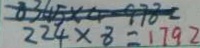
2 2 4 \times 8 = 1 7 9 2